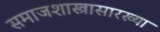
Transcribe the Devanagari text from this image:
समाजशास्त्रासारख्या